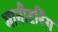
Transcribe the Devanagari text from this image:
मानीटरिंग